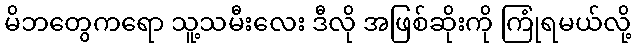
မိဘတွေကရော သူ့သမီးလေး ဒီလို အဖြစ်ဆိုးကို ကြုံရမယ်လို့